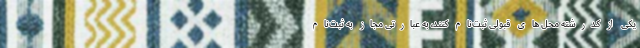
یکی از کدرشته‌ محل های قبولی ثبت‌نام کنند، به عبارتی مجاز به ثبت‌نام